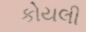
કોયલી